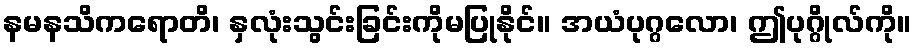
နမနသိကရောတိ၊ နှလုံးသွင်းခြင်းကိုမပြုနိုင်။ အယံပုဂ္ဂလော၊ ဤပုဂ္ဂိုလ်ကို။